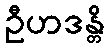
ဦဟဒန္တိ